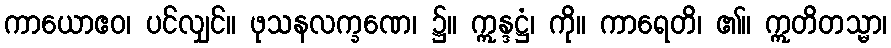
ကာယောဧဝ၊ ပင်လျှင်။ ဖုသနလက္ခဏေ၊ ၌။ ဣန္ဒဋ္ဌံ၊ ကို။ ကာရေတိ၊ ၏။ ဣတိတသ္မာ၊